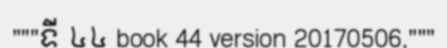
"""ទី ៤៤ book 44 version 20170506,"""